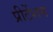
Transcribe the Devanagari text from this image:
प्रीटेंशन